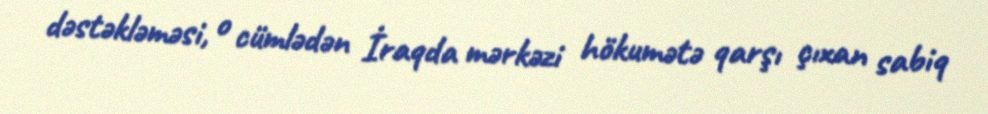
dəstəkləməsi, o cümlədən İraqda mərkəzi hökumətə qarşı çıxan sabiq